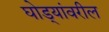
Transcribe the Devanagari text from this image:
घोड्यांवरील